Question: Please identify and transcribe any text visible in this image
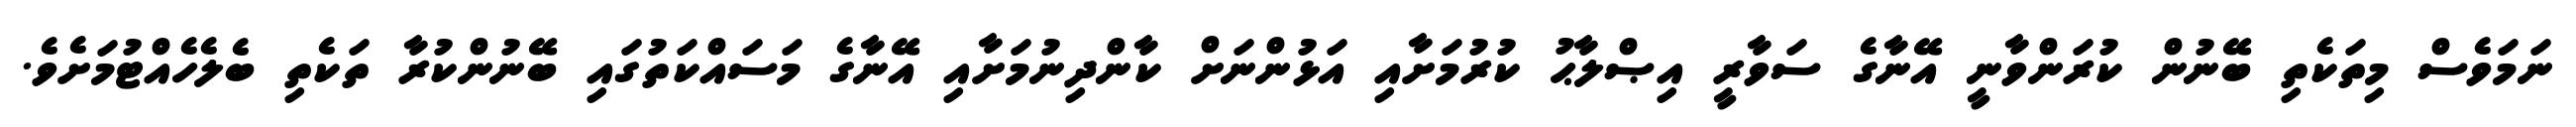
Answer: ނަމަވެސް މިތަކެތި ބޭނުން ކުރަންވާނީ އޭނާގެ ސަވާރީ އިޞްލާޙު ކުރުމަށާއި އަޅުންނަށް ކާންދިނުމަށާއި އޭނާގެ މަސައްކަތުގައި ބޭނުންކުރާ ތަކެތި ބެލެހެއްޓުމަށެވެ.